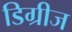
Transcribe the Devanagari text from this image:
डिग्रीज